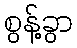
စွန့်ခွာ